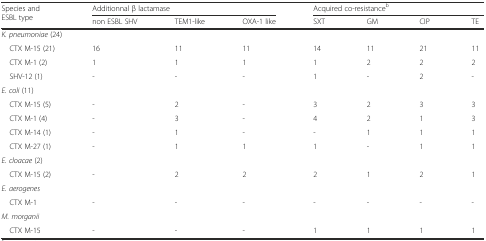
<table><thead><tr><td rowspan="2"><b>Species and ESBL type</b></td><td colspan="3"><b>Additionnal β lactamase</b></td><td colspan="4"><b>Acquired co-resistance<sup>b</sup></b></td></tr><tr><td><b>non ESBL SHV</b></td><td><b>TEM1-like</b></td><td><b>OXA-1 like</b></td><td><b>SXT</b></td><td><b>GM</b></td><td><b>CIP</b></td><td><b>TE</b></td></tr></thead><tbody><tr><td colspan="8"><i>K. pneumoniae</i> (24)</td></tr><tr><td> CTX M-15 (21)</td><td>16</td><td>11</td><td>11</td><td>14</td><td>11</td><td>21</td><td>11</td></tr><tr><td> CTX M-1 (2)</td><td>1</td><td>1</td><td>1</td><td>1</td><td>2</td><td>2</td><td>2</td></tr><tr><td> SHV-12 (1)</td><td>-</td><td>-</td><td>-</td><td>1</td><td>-</td><td>2</td><td>-</td></tr><tr><td colspan="8"><i>E. coli</i> (11)</td></tr><tr><td> CTX M-15 (5)</td><td>-</td><td>2</td><td>-</td><td>3</td><td>2</td><td>3</td><td>3</td></tr><tr><td> CTX M-1 (4)</td><td>-</td><td>3</td><td>-</td><td>4</td><td>2</td><td>1</td><td>3</td></tr><tr><td> CTX M-14 (1)</td><td>-</td><td>1</td><td>-</td><td>-</td><td>1</td><td>1</td><td>1</td></tr><tr><td> CTX M-27 (1)</td><td>-</td><td>1</td><td>1</td><td>1</td><td>-</td><td>1</td><td>1</td></tr><tr><td colspan="8"><i>E. cloacae</i> (2)</td></tr><tr><td> CTX M-15 (2)</td><td>-</td><td>2</td><td>2</td><td>2</td><td>1</td><td>2</td><td>1</td></tr><tr><td colspan="8"><i>E. aerogenes</i></td></tr><tr><td> CTX M-1</td><td>-</td><td>-</td><td>-</td><td>-</td><td>-</td><td>-</td><td>-</td></tr><tr><td colspan="8"><i>M. morganii</i></td></tr><tr><td> CTX M-15</td><td>-</td><td>-</td><td>-</td><td>1</td><td>1</td><td>1</td><td>1</td></tr></tbody></table>